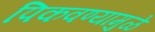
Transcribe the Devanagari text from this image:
पिकवण्यामुळे